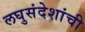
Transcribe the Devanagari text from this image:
लघुसंदेशांची